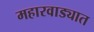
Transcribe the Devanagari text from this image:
महारवाड्यात